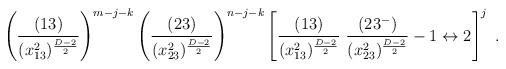
\begin{align*} \left(\frac{(13)}{(x^2_{13})^{\frac{D-2}{2}}} \right)^{m-j-k} \left(\frac{(23)}{(x^2_{23})^{\frac{D-2}{2}}} \right)^{n-j-k} \left[\frac{(13)}{(x^2_{13})^{\frac{D-2}{2}}}\ \frac{(23^-)}{(x^2_{23})^{\frac{D-2}{2}}} - 1 \leftrightarrow 2 \right]^j \ .\end{align*}